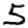
Digit: 5